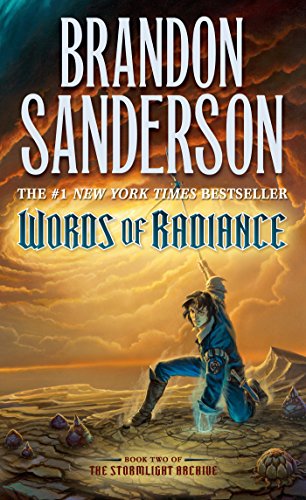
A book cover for Words of Radiance (Stormlight Archive, The); Brandon Sanderson; Science Fiction & Fantasy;